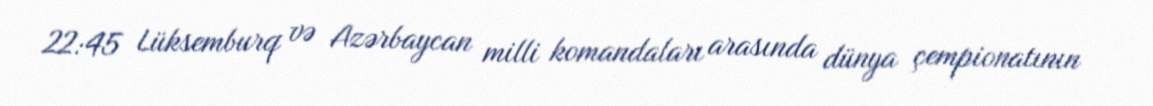
22:45 Lüksemburq və Azərbaycan milli komandaları arasında dünya çempionatının